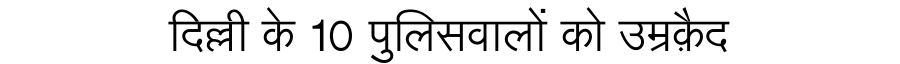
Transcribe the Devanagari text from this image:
दिल्ली के 10 पुलिसवालों को उम्रक़ैद